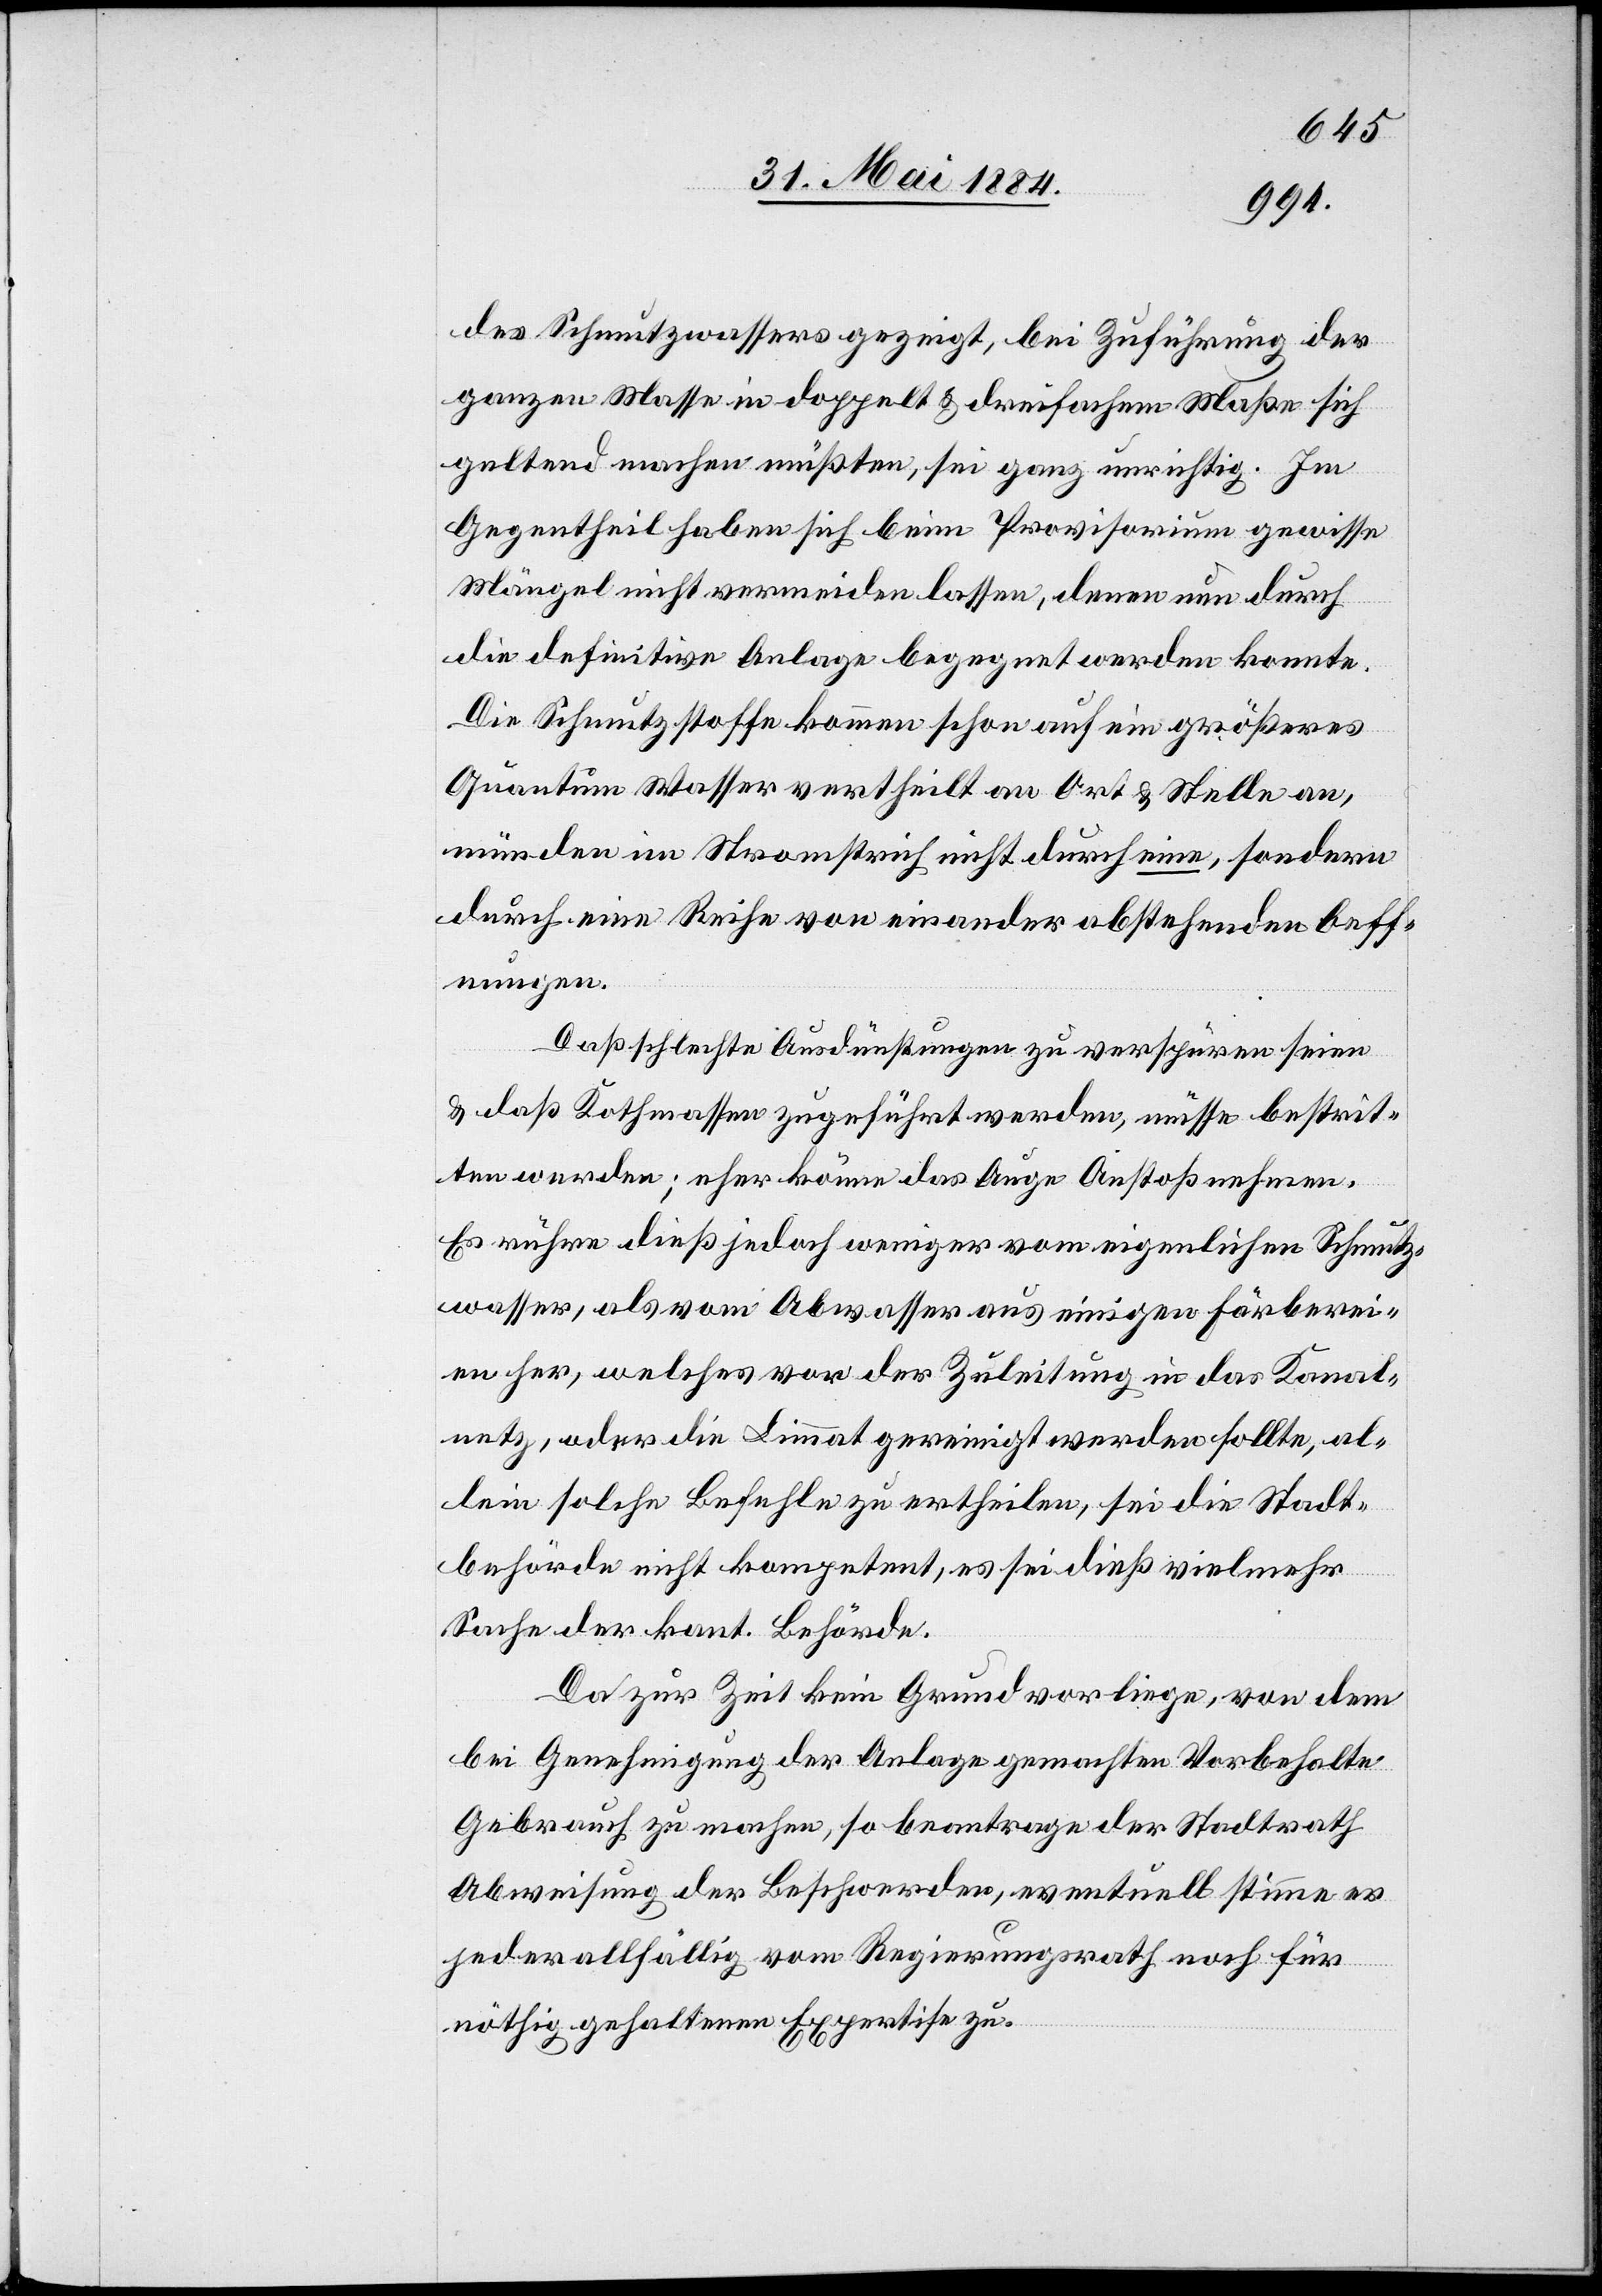
des Schmutzwassers gezeigt, bei Zuführung der
ganzen Masse in doppelt & dreifachem Maße sich
geltend machen müßten, sei ganz unrichtig. Im
Gegentheil haben sich beim Provisorium gewisse
Mängel nicht vermeiden lassen, denen nun durch
die definitive Anlage begegnet werden konnte.
Die Schmutzstoffe kommen schon auf ein größeres
Quantum Wasser vertheilt an Ort & Stelle an,
münden im Stromstrich nicht durch eine, sondern
durch eine Reihe von einander abstehenden Oeff¬
nungen.
Daß schlechte Ausdünstungen zu verspüren seien
& daß Kothmassen zugeführt werden, müsse bestrit¬
ten werden; eher könne das Auge Anstoß nehmen.
Es rühre dieß jedoch weniger vom eigen[t]lichen Schmutz¬
wasser, als vom Abwasser aus einigen Färberei¬
en her, welches vor der Zuleitung in das Kanal¬
netz, oder die Limmat gereinigt werden sollte, al¬
lein solche Befehle zu ertheilen, sei die Stadt¬
behörde nicht kompetent, es sei dieß vielmehr
Sache der kant. Behörde.
Da zur Zeit kein Grund vorliege, von dem
bei Genehmigung der Anlage gemachten Vorbehalte
Gebrauch zu machen, so beantrage der Stadtrath
Abweisung der Beschwerden, eventuell stimme er
jeder allfällig vom Regierungsrath noch für
nöthig gehaltenen Expertise zu.